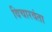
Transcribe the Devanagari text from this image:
विचारवंता